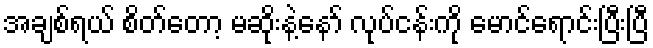
အချစ်ရယ် စိတ်တော့ မဆိုးနဲ့နော် လုပ်ငန်းကို မောင်ရောင်းပြီးပြီ